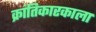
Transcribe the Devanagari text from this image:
क्रांतिकारकाला